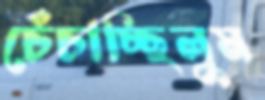
চেঁচাচ্ছিলুম